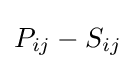
P_{ij}-S_{ij}